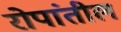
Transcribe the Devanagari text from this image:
रोपांतील